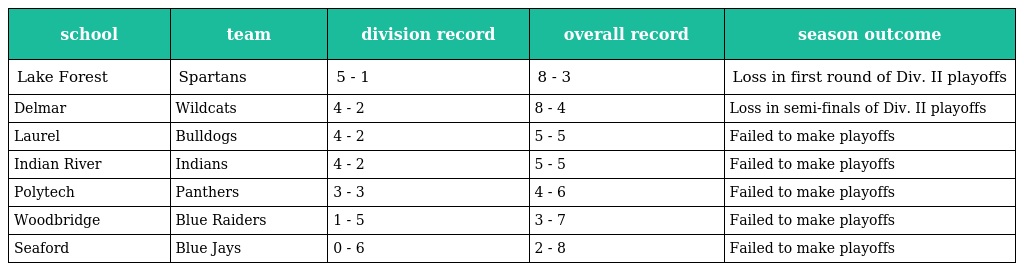
| school | team | division record | overall record | season outcome |
 | --- | --- | --- | --- | --- |
 | Lake Forest | Spartans | 5 - 1 | 8 - 3 | Loss in first round of Div. II playoffs |
 | Delmar | Wildcats | 4 - 2 | 8 - 4 | Loss in semi-finals of Div. II playoffs |
 | Laurel | Bulldogs | 4 - 2 | 5 - 5 | Failed to make playoffs |
 | Indian River | Indians | 4 - 2 | 5 - 5 | Failed to make playoffs |
 | Polytech | Panthers | 3 - 3 | 4 - 6 | Failed to make playoffs |
 | Woodbridge | Blue Raiders | 1 - 5 | 3 - 7 | Failed to make playoffs |
 | Seaford | Blue Jays | 0 - 6 | 2 - 8 | Failed to make playoffs |